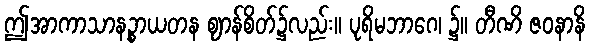
ဤအာကာသာနဉ္စာယတန ဈာန်စိတ်၌လည်း။ ပုရိမဘာဂေ၊ ၌။ တီဏိ ဇဝနာနိ